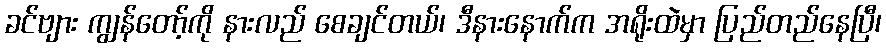
ခင်ဗျား ကျွန်တော့်ကို နားလည် စေချင်တယ်၊ ဒီနားနောက်က အရိုးထဲမှာ ပြည်တည်နေပြီ၊